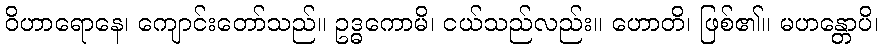
ဝိဟာရောနေ၊ ကျောင်းတော်သည်။ ဥဒ္ဓကောမိ၊ ငယ်သည်လည်း။ ဟောတိ၊ ဖြစ်၏။ မဟန္တောပိ၊